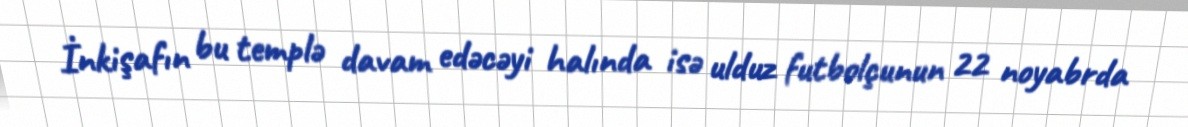
İnkişafın bu templə davam edəcəyi halında isə ulduz futbolçunun 22 noyabrda